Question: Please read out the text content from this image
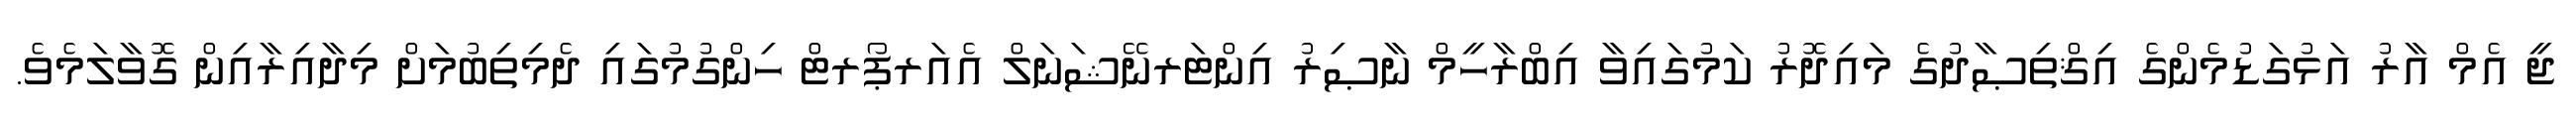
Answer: ޖީ އެމް އާރު އަޅުގަޑުމެންގެ އިޤްތިޞާދުގެ މައިދޮރު ކަމުގައިވާ އިބްރާހީމް ނާޞިރު އިންޓަރނޭޝަނަލް އެއަރޕޯރޓް ހިންގުމުގައި ދެމިތިބުމަށް މިދާއިރާއިން ގޮވާލަމެވެ.